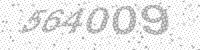
Solution: 564009